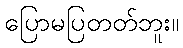
ပြောမပြတတ်ဘူး။